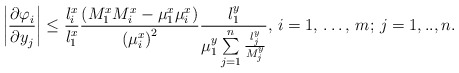
\begin{align*}\left| \frac{{\partial \varphi }_{i}}{{\partial y}_{j}} \right|\le \frac{l_{i}^{x}}{l_{1}^{x}}\frac{\left( M_{1}^{x}M_{i}^{x}-\mu_{1}^{x}\mu _{i}^{x} \right)}{{(\mu_{i}^{x})}^{2}}\frac{l_{1}^{y}}{\mu _{1}^{y}\sum\limits_{j=1}^n \frac{l_{j}^{y}}{M_{j}^{y}} },\thinspace i=1,\thinspace \mathellipsis ,\thinspace m;\thinspace j=1,..,n.\end{align*}